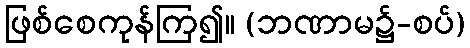
ဖြစ်စေကုန်ကြ၍။ (ဘဏာမ၌-စပ်)